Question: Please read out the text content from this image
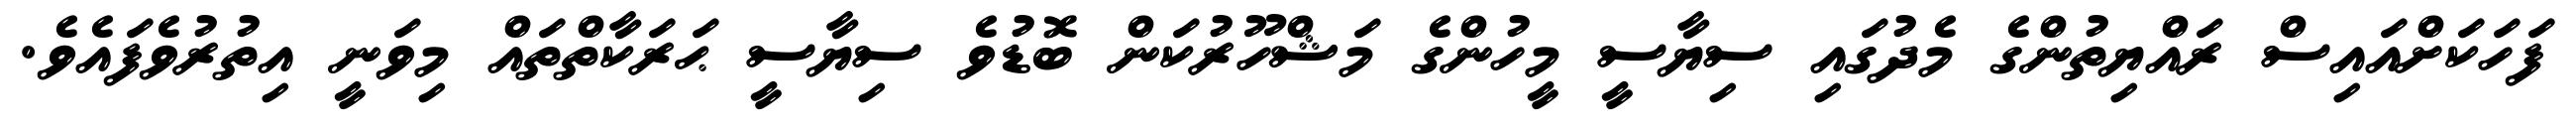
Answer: ފަހަކަށްއައިސް ރައްޔިތުންގެ މެދުގައި ސިޔާސީ މީހުންގެ މަޝްހޫރުކަން ބޮޑުވެ ސިޔާސީ ޙަރަކާތްތައް މިވަނީ އިތުރުވެފައެވެ.